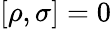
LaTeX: [\rho,\sigma]=0